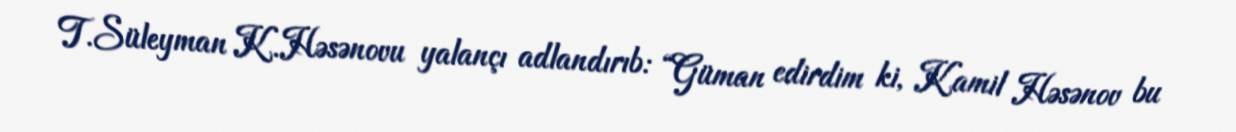
T.Süleyman K.Həsənovu yalançı adlandırıb: “Güman edirdim ki, Kamil Həsənov bu